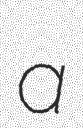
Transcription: a